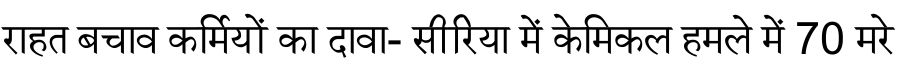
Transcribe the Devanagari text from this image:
राहत बचाव कर्मियों का दावा- सीरिया में केमिकल हमले में 70 मरे